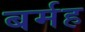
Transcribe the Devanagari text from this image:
बर्मह